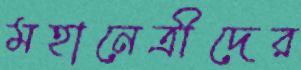
মহানেত্রীদের